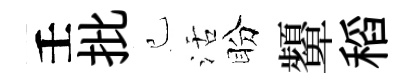
壬批己活盼顰稻